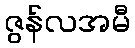
ဇွန်လအမီ